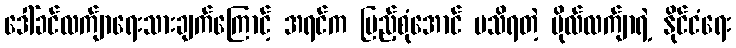
ဒေါ်ခင်လက်ျာရေးသားချက်ကြောင့် အရင်က ပြည့်စုံအောင် မသိရတဲ့ ဗိုလ်လက်ျာရဲ့ နိုင်ငံရေး